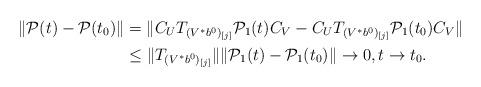
LaTeX: \begin{align*} \|\mathcal P(t) - \mathcal P(t_0)\| &= \|C_U T_{(V^*b^0)_{[j]}} \mathcal P_{1}(t) C_V - C_U T_{(V^*b^0)_{[j]}} \mathcal P_{1}(t_0) C_V\|\\& \leq \|T_{(V^*b^0)_{[j]}}\| \|\mathcal P_{1}(t) - \mathcal P_{1}(t_0)\| \to 0, t \to t_0.\end{align*}